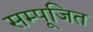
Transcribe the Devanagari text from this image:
सम्पूजित